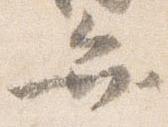
弁